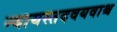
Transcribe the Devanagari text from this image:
न्यायस्तदवयवाश्च